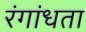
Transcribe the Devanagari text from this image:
रंगांधता